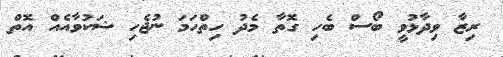
ރިޒާ ވިދާޅުވީ ބޯސް ބެހި ގޮތާ މެދު ހިތްހަމަ ނުޖެހި ޝަކުވާއެއް އޮތް